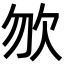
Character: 𣢊